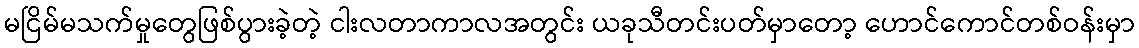
မငြိမ်မသက်မှုတွေဖြစ်ပွားခဲ့တဲ့ ငါးလတာကာလအတွင်း ယခုသီတင်းပတ်မှာတော့ ဟောင်ကောင်တစ်ဝန်းမှာ